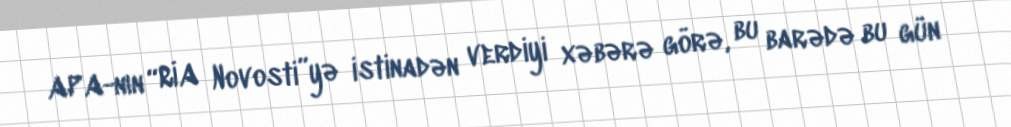
APA-nın “RİA Novosti”yə istinadən verdiyi xəbərə görə, bu barədə bu gün